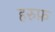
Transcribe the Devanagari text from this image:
हरुफ़